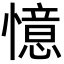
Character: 憶